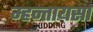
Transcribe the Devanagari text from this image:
म्हन्तायसा